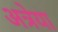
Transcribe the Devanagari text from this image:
अत्रेया